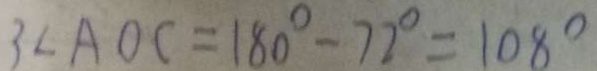
3 \angle A O C = 1 8 0 ^ { \circ } - 7 2 ^ { \circ } = 1 0 8 ^ { \circ }